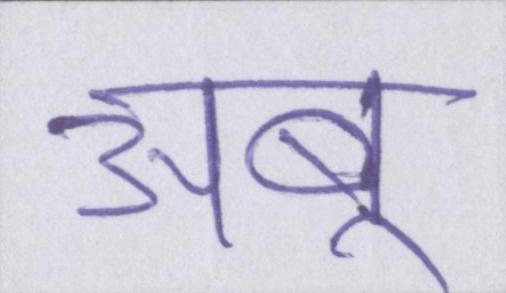
अबू